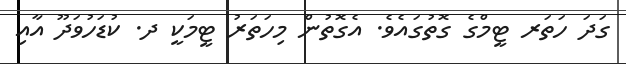
ގަދަ ހަތަރ ޓީމްގެ ގޮތުގައެވެ. އެގޮތުން މިހަތަރު ޓީމަކީ ދ. ކުޑަހުވަދޫ އާއި